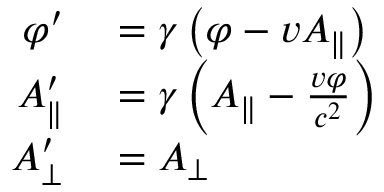
\begin{array} { r l } { \varphi ^ { \prime } } & { { } = \gamma \left( \varphi - v A _ { \parallel } \right) } \\ { A _ { \parallel } ^ { \prime } } & { { } = \gamma \left( A _ { \parallel } - { \frac { v \varphi } { c ^ { 2 } } } \right) } \\ { A _ { \bot } ^ { \prime } } & { { } = A _ { \bot } } \end{array}